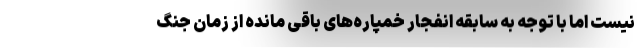
نیست اما با توجه به سابقه انفجار خمپاره‌های باقی مانده از زمان جنگ